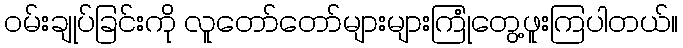
ဝမ်းချုပ်ခြင်းကို လူတော်တော်များများကြုံတွေ့ဖူးကြပါတယ်။